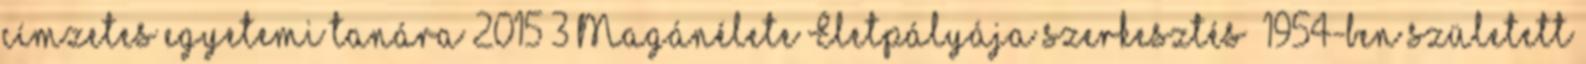
címzetes egyetemi tanára 2015 3 Magánélete Életpályája szerkesztés 1954-ben született